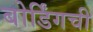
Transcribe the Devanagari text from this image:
बोर्डिंगची